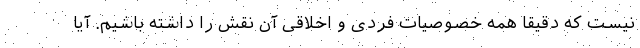
نیست که دقیقا همه خصوصیات فردی و اخلاقی آن نقش را داشته باشیم. آیا